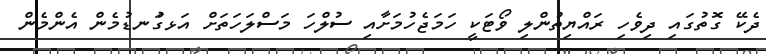
ދެކޭ ގޮތުގައި ދިވެހި ރައްޔިތުންލި ވޯޓަކީ ހަމަޖެހުމަށާއި ސުލްހަ މަސްލަހަތަށް އަޅގުަނޑުމެން އެންމެން